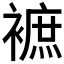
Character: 𧜥